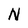
Character: N